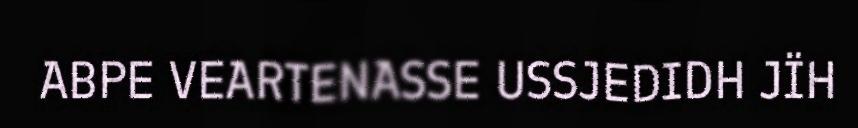
ABPE VEARTENASSE USSJEDIDH JÏH